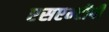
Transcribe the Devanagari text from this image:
एसएम्टीपी